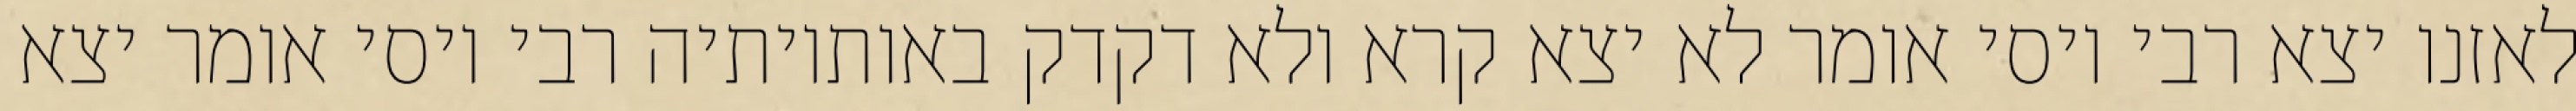
לאזנו יצא רבי יוסי אומר לא יצא קרא ולא דקדק באותיותיה רבי יוסי אומר יצא